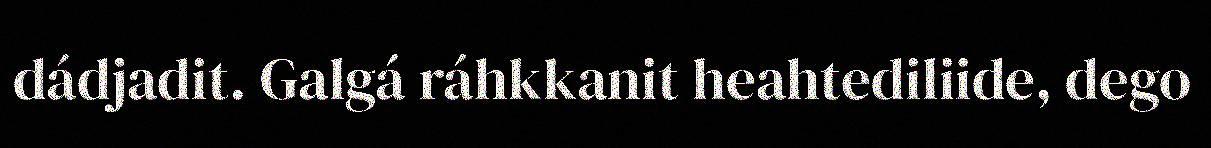
dádjadit. Galgá ráhkkanit heahtediliide, dego